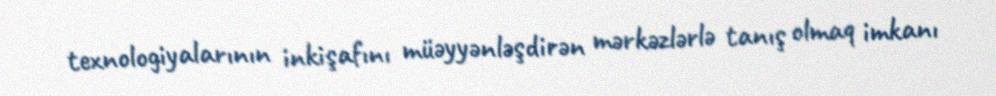
texnologiyalarının inkişafını müəyyənləşdirən mərkəzlərlə tanış olmaq imkanı